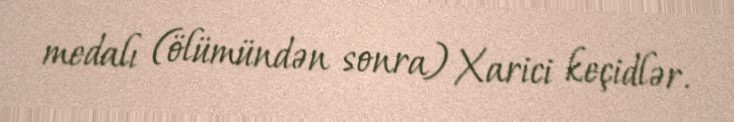
medalı (ölümündən sonra) Xarici keçidlər.